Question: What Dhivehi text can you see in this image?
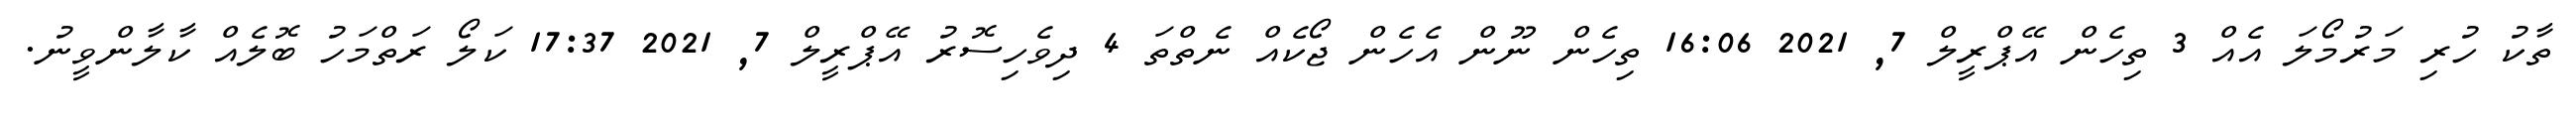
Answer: ތާކު ހުރި މަރުމޯލަ އެއް 3 ތިހެން އޭޕްރީލް 7, 2021 16:06 ތިހެން ނޫން އެހެން ޖޯކެއް ނެތްތަ 4 ދިވެހިސޮރު އޭޕްރީލް 7, 2021 17:37 ކަލޯ ރަތްމަހު ބޮލެއް ކާލާންވީނު.